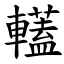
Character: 䡷